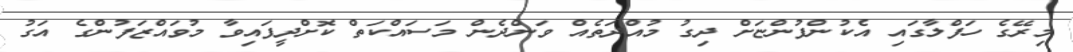
މިރޭގެ ހަފްލާގައި އެކުންފުންޏަށް ދިގު މުއްދަތެއް ވަންދެން މަސައްކަތް ކޮށްދީފައިވާ މުވައްޒަފުންގެ އަގު